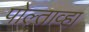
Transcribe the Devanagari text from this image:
पोल्ताव्हा